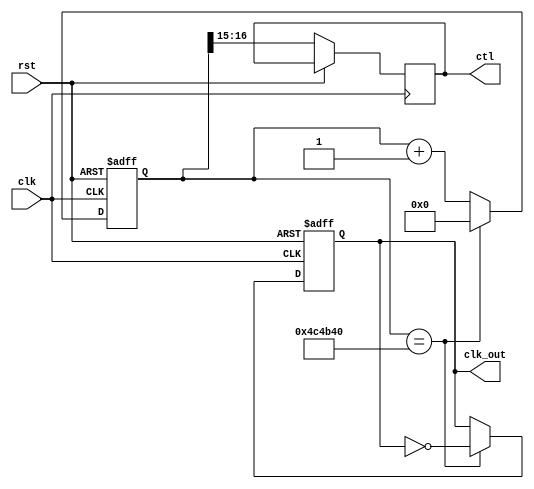
`timescale 1ns / 1ps
//////////////////////////////////////////////////////////////////////////////////
// Company: 
// Engineer: 
// 
// Design Name: 
// Module Name: freq
// Project Name: 
// Target Devices: 
// Tool Versions: 
// Description: 
// 
// Dependencies: 
// 
// Revision:
// Revision 0.01 - File Created
// Additional Comments:
// 
//////////////////////////////////////////////////////////////////////////////////`timescale 1ns / 1ps
//////////////////////////////////////////////////////////////////////////////////
// Company: 
// Engineer: 
// 
// Design Name: 
// Module Name: freqdiv
// Project Name: 
// Target Devices: 
// Tool Versions: 
// Description: 
// 
// Dependencies: 
// 
// Revision:
// Revision 0.01 - File Created
// Additional Comments:
// 
//////////////////////////////////////////////////////////////////////////////////


module freq(
    output reg clk_out,
    output reg [1:0] ctl,
    input clk,
    input rst
    );
        
reg [25:0] q,tmp;
//for 1hz
     always@*
     begin
         if(q==26'd 5000000) tmp=26'd 0;
         else tmp=q+1'b 1;
     end
     
     always@(posedge clk or posedge rst)
     begin
     if(rst) 
     begin
         q<=26'd 0;
         clk_out<=1'b 0;
     end
     else 
     begin
         q<=tmp;
         ctl<=q[16:15];
         if(q==26'd 5000000) clk_out=~clk_out;
         else clk_out=clk_out;
     end 
     end
            


endmodule